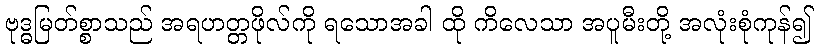
ဗုဒ္ဓမြတ်စ္စာသည် အရဟတ္တဖိုလ်ကို ရသောအခါ ထို ကိလေသာ အပူမီးတို့ အလုံးစုံကုန်၍